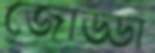
জোড্ডা